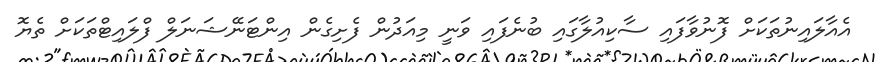
އެއާލައިނުތަކަށް ފޮނުވާފައި ސާކިއުލާގައި ބުނެފައި ވަނީ މިއަދުން ފެށިގެން އިންޓަނޭޝަނަލް ފްލައިޓްތަކަށް ތެޔޮ